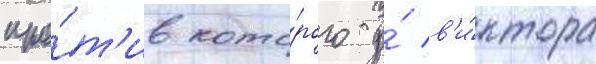
про́т'ив кото́рого у́ в'и́ктора